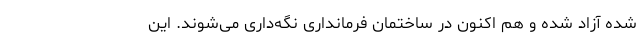
شده آزاد شده و هم اکنون در ساختمان فرمانداری نگه‌داری می‌شوند. این